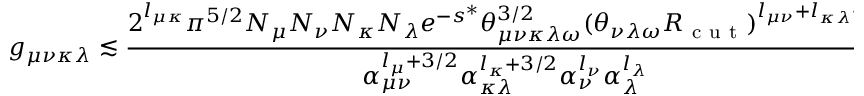
g _ { \mu \nu \kappa \lambda } \lesssim \frac { 2 ^ { l _ { \mu \kappa } } \pi ^ { 5 / 2 } N _ { \mu } N _ { \nu } N _ { \kappa } N _ { \lambda } e ^ { - s ^ { * } } \theta _ { \mu \nu \kappa \lambda \omega } ^ { 3 / 2 } ( \theta _ { \nu \lambda \omega } R _ { \mathrm { ~ c ~ u ~ t ~ } } ) ^ { l _ { \mu \nu } + l _ { \kappa \lambda } - 2 } } { \alpha _ { \mu \nu } ^ { l _ { \mu } + 3 / 2 } \alpha _ { \kappa \lambda } ^ { l _ { \kappa } + 3 / 2 } \alpha _ { \nu } ^ { l _ { \nu } } \alpha _ { \lambda } ^ { l _ { \lambda } } } f _ { l _ { \mu \nu \kappa \lambda } } ( \theta _ { \mu \nu \kappa \lambda \omega } ^ { - 1 } \theta _ { \nu \lambda \omega } ^ { 2 } R _ { \mathrm { ~ c ~ u ~ t ~ } } ^ { 2 } ) .